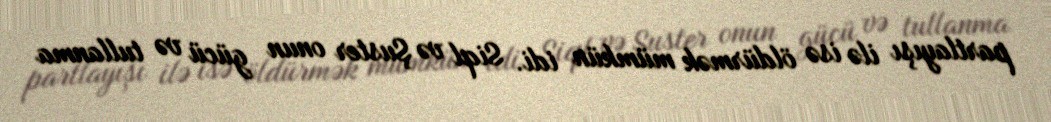
partlayışı ilə isə öldürmək mümkün idi. Siql və Şuster onun gücü və tullanma